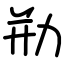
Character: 㔙